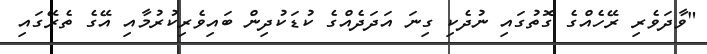
"ވާދަވެރި ރޭހެއްގެ ގޮތުގައި ނުދެކި ގިނަ އަދަދެއްގެ ކުޑަކުދިން ބައިވެރިކުރުމާއި އޭގެ ތެރޭގައި